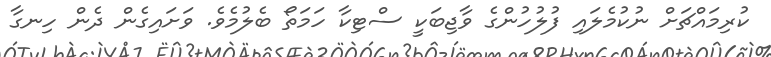
ކުރިމައްޗަށް ނުކުމެލައި ފުލުހުންގެ ވާޖިބަކީ ސްޓިކާ ހަމަތޯ ބެލުމެވެ. ވަށައިގެން ދެން ހިނގާ